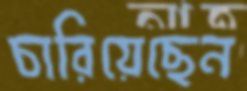
চারিয়েছেন